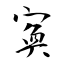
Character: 寏